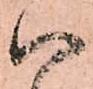
ハ